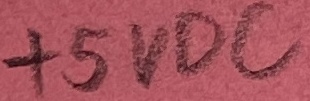
Text: +5VDC